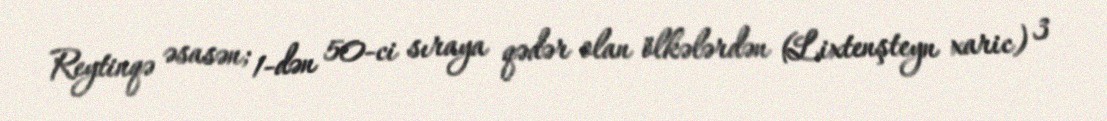
Reytinqə əsasən; 1-dən 50-ci sıraya qədər olan ölkələrdən (Lixtenşteyn xaric) 3